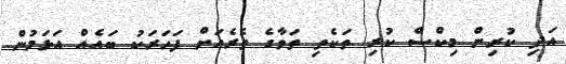
އަދި ކުރިން މިކްސް ކުރި ތަކެތި ތަވާގެ ތެރެއަށް ފަހަރަކު ބައެއް އަޅަމުން